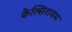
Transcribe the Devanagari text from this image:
कैल्सिशयम